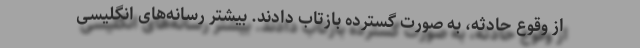
از وقوع حادثه،‌ به صورت گسترده بازتاب دادند. بیشتر رسانه‌های انگلیسی